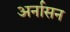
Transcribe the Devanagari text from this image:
अर्नासन